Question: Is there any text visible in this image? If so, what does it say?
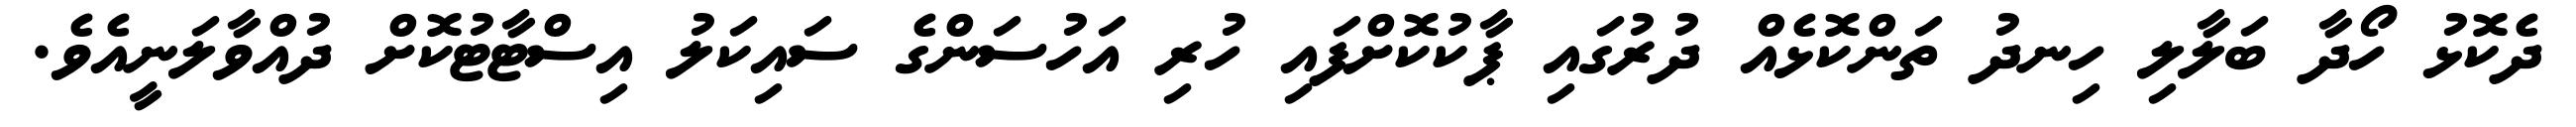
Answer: ދެކޮޅު ހޯދާ ބަލާލި ހިނދު ތަންކޮޅެއް ދުރުގައި ޕާކުކޮށްފައި ހުރި އަހުސަންގެ ސައިކަލު އިސްޓާޓުކޮށް ދުއްވާލަނީއެވެ.